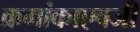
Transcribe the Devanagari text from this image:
क्रमांकाएवजी